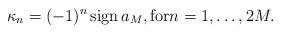
LaTeX: \begin{align*} \kappa_n=(-1)^n\, {\rm sign}\, a_M, {\rm for}n=1,\ldots, 2M. \end{align*}